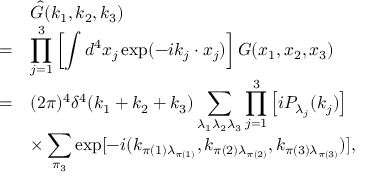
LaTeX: \begin{array} { r l } { { } } & { { \hat { G } ( k _ { 1 } , k _ { 2 } , k _ { 3 } ) } } \\ { { = } } & { { \displaystyle \prod _ { j = 1 } ^ { 3 } \left[ \int d ^ { 4 } x _ { j } \exp ( - i k _ { j } \cdot x _ { j } ) \right] G ( x _ { 1 } , x _ { 2 } , x _ { 3 } ) } } \\ { { = } } & { { \displaystyle ( 2 \pi ) ^ { 4 } \delta ^ { 4 } ( k _ { 1 } + k _ { 2 } + k _ { 3 } ) \sum _ { \lambda _ { 1 } \lambda _ { 2 } \lambda _ { 3 } } \prod _ { j = 1 } ^ { 3 } \left[ i P _ { \lambda _ { j } } ( k _ { j } ) \right] } } \\ { { } } & { { \displaystyle \times \sum _ { \pi _ { 3 } } \exp [ - i ( k _ { \pi ( 1 ) \lambda _ { \pi ( 1 ) } } , k _ { \pi ( 2 ) \lambda _ { \pi ( 2 ) } } , k _ { \pi ( 3 ) \lambda _ { \pi ( 3 ) } } ) ] , } } \end{array}